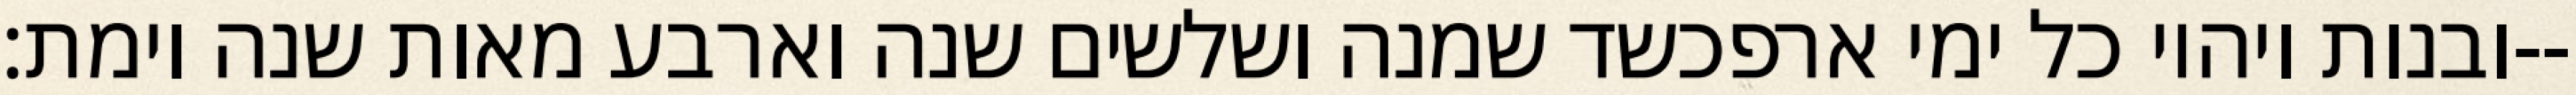
ובנות ויהיו כל ימי ארפכשד שמנה ושלשים שנה וארבע מאות שנה וימת׃--